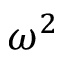
\omega ^ { 2 }